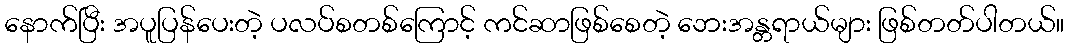
နောက်ပြီး အပူပြန်ပေးတဲ့ ပလပ်စတစ်ကြောင့် ကင်ဆာဖြစ်စေတဲ့ ဘေးအန္တရာယ်များ ဖြစ်တတ်ပါတယ်။